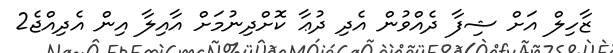
ޒާހިލް އަށް ޝިފާ ދެއްވުން އެދި ދުޢާ ކޮށްދިނުމަށް އާއިލާ އިން އެދިއްޖެ2